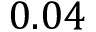
0 . 0 4